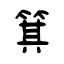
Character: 箕